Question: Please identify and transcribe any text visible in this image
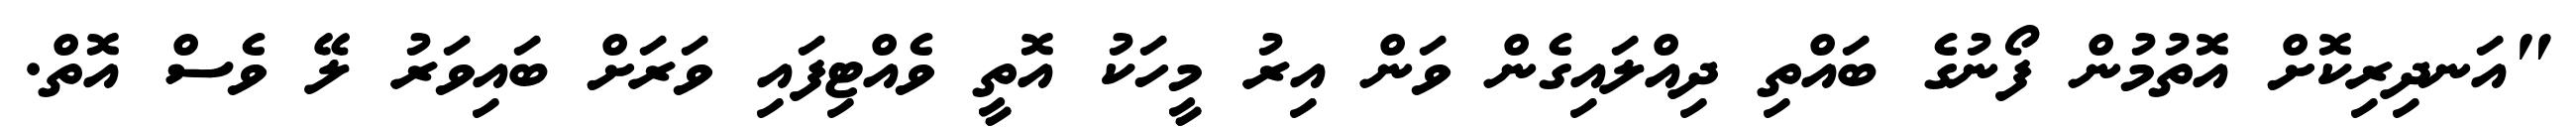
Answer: "އަނދިރިކޮށް އޮތުމުން ފޯނުގެ ބައްތި ދިއްލައިގެން ވަން އިރު މީހަކު އޮތީ ވެއްޓިފައި ވަރަށް ބައިވަރު ލޭ ވެސް އޮތް.